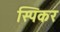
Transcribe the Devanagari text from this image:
स्पिकर